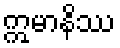
ဣမာနိဿ